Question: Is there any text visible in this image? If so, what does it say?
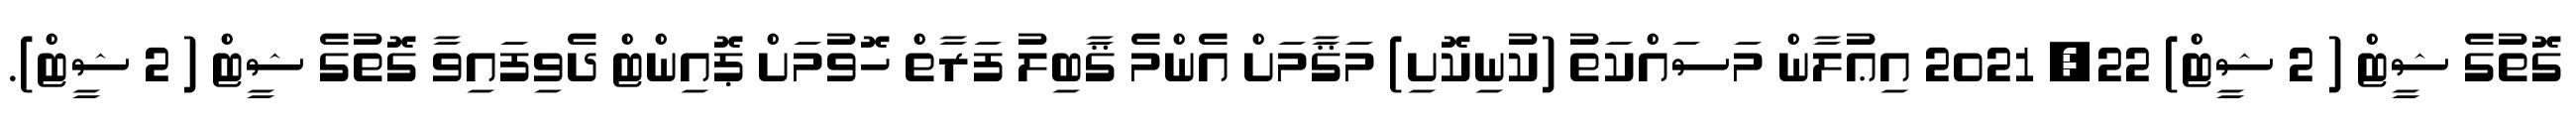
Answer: ގޮތުގެ ޝީޓް ( 2 ޝީޓް) 22, 2021 އިޢުލާން މަސައްކަތު (ކުނިކޮށި) މަޤާމަށް އެންމެ ޤާބިލު ފަރާތް ހޮވުމަށް ޕޮއިންޓް ދެވިފައިވާ ގޮތުގެ ޝީޓް ( 2 ޝީޓް).